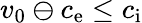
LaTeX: v_{0}\ominus c_{\mathrm{e}}\le c_{\mathrm{i}}